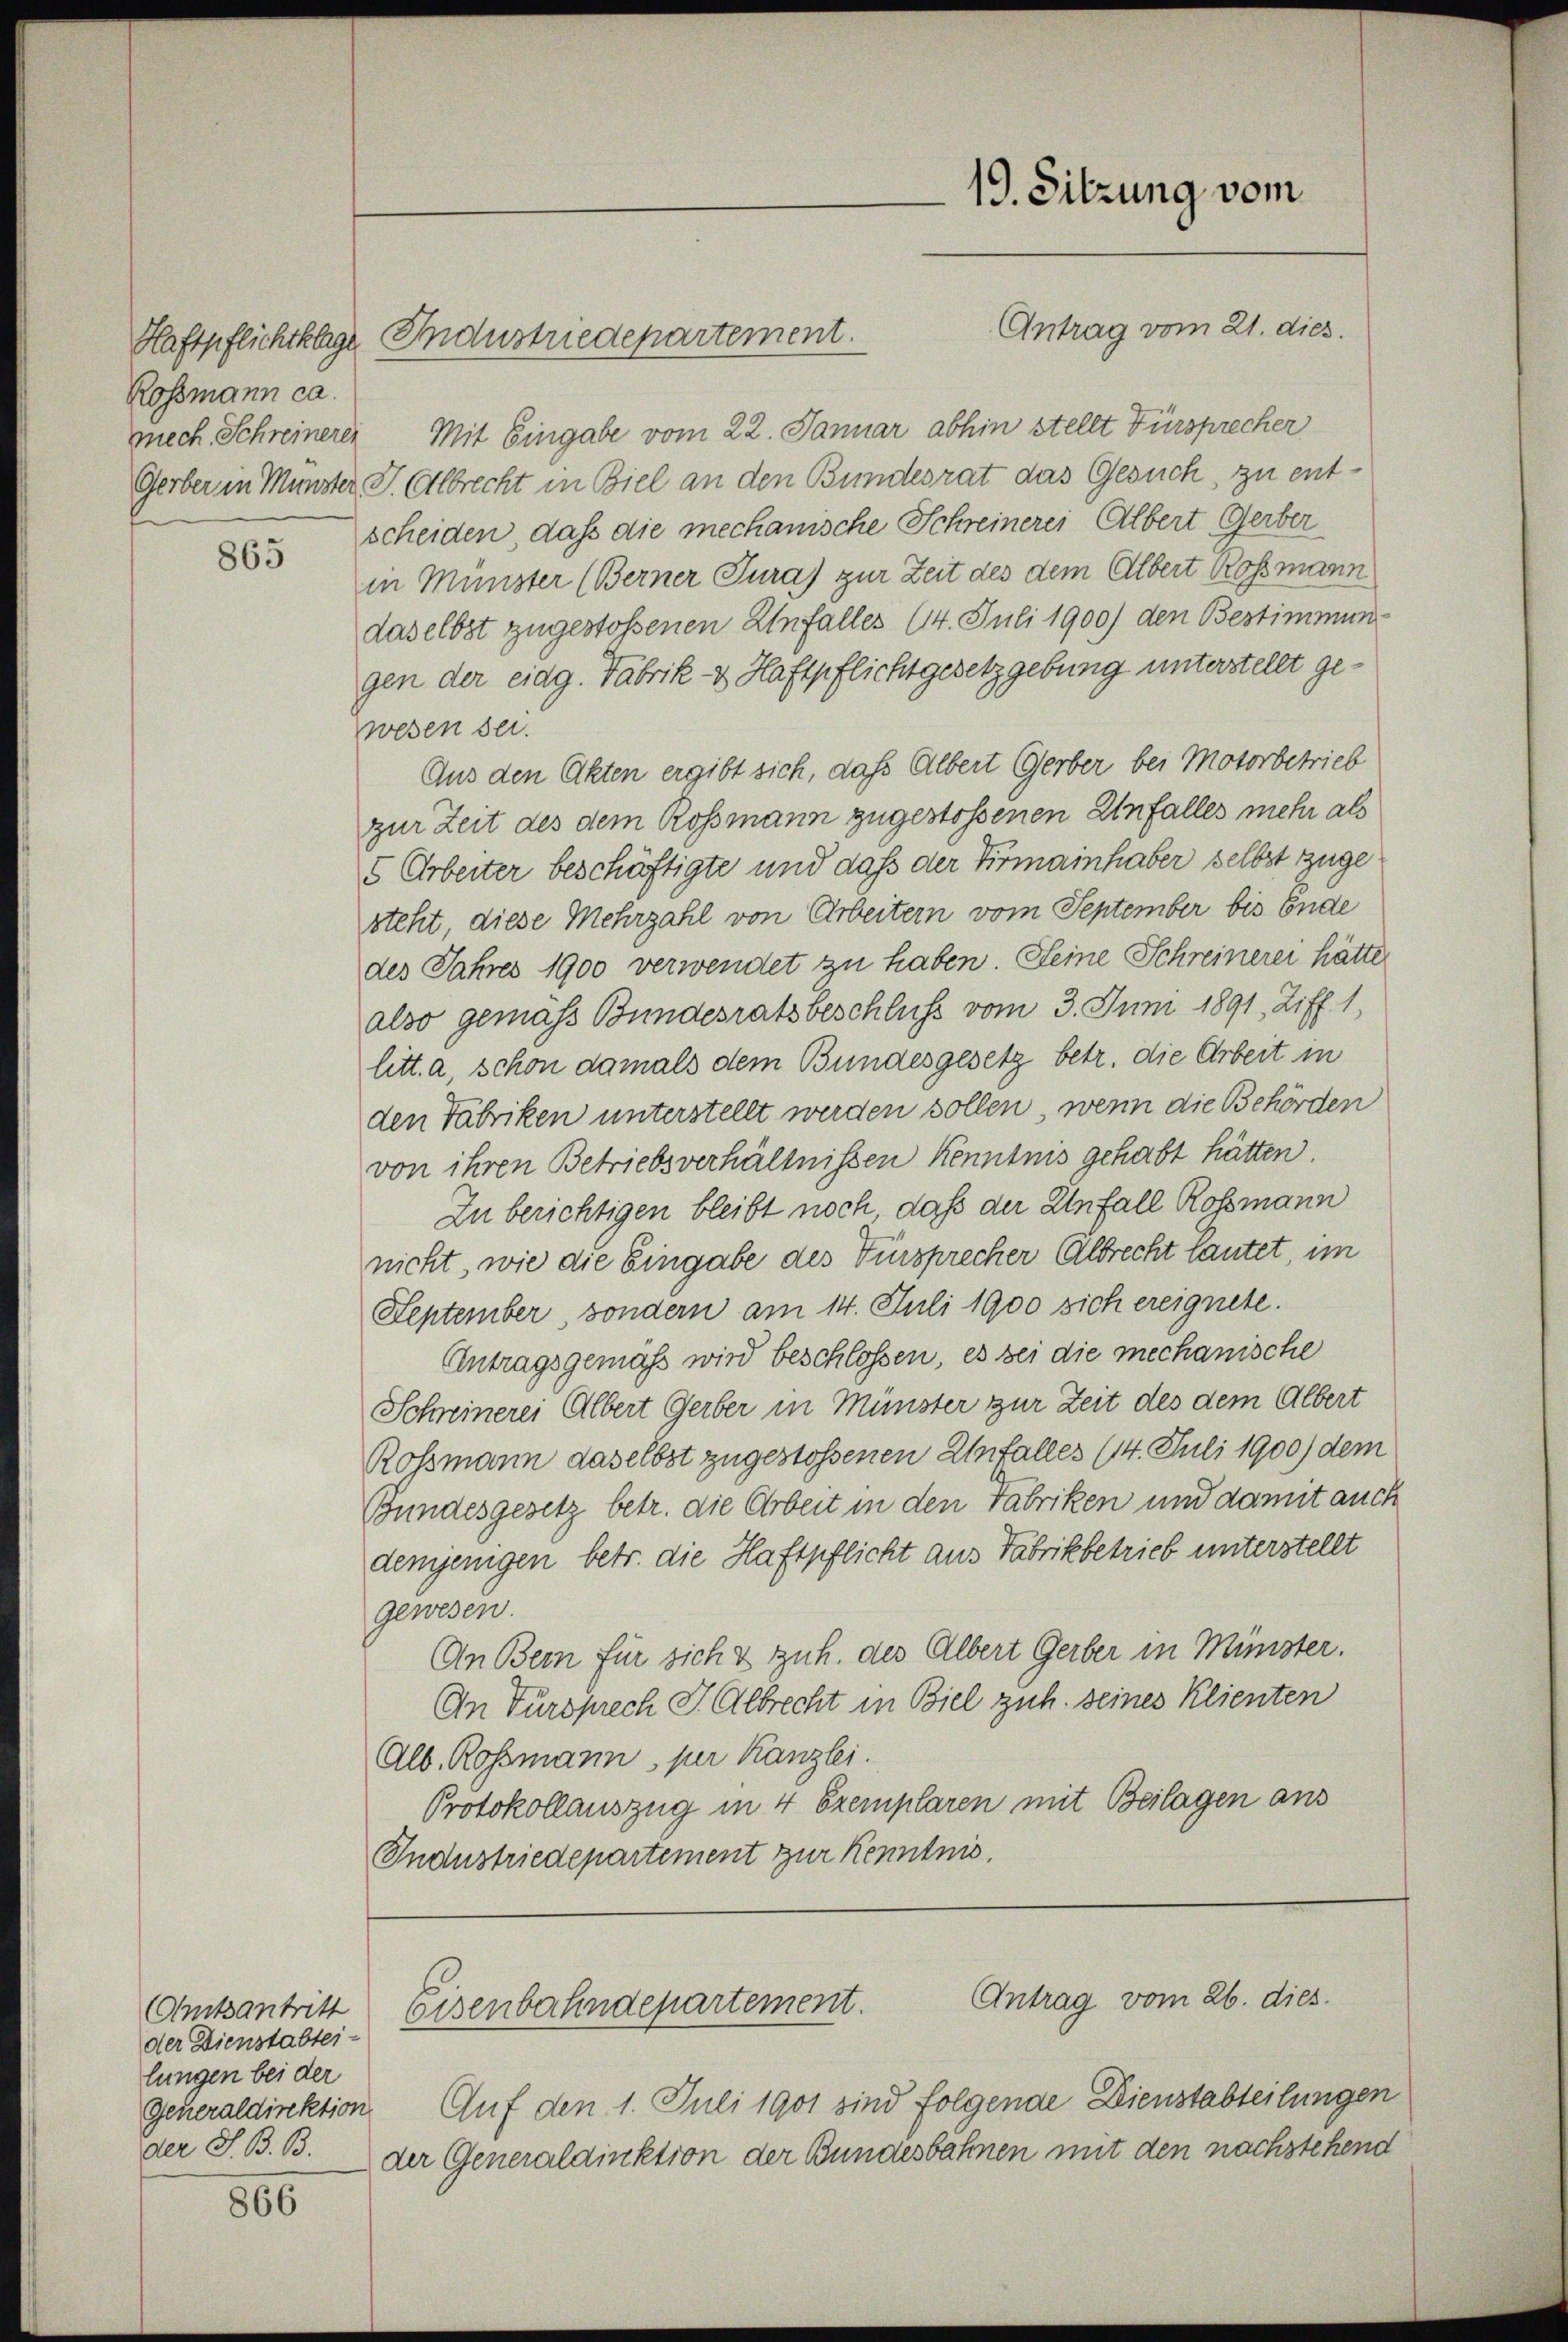
Rossmann ca.

865

mech. Schreinerer Mit Eingabe vom 22. Januar abhin stellt Fürsprecher
Gerber in Münster J. Albrecht in Biel an den Bundesrat das Gesuch, zu entscheiden, daß die mechanische Schreinerei Albert Gerber
in Münster (Berner Jura) zur Zeit des dem Albert Rossmann
daselbst zugestossenen Unfalles (4. Juli 1900) den Bestimmung
gen der eidg. Fabrik- & Haftpflichtgesetzgebung unterstellt gewesen sei.
Aus den Akten ergibt sich, daß Albert Gerber bei Motorbetrieb
zur Zeit des dem Rossmann zugestossenen Unfalles mehr als
5 Arbeiter beschäftigte und daß der Firmainhaber selbst zuge
steht, diese Mehrzahl von Arbeitern vom September bis Ende
des Jahres 1900 verwendet zu haben. Seine Schreinerei hätte
also gemäss Bundesratsbeschluss vom 3. Juni 1891, Ziff. 1,
litt. a, schon damals dem Bundesgesetz betr. die Arbeit in
den Fabriken unterstellt werden sollen, wenn die Behörden
von ihren Betriebsverhältnissen kenntnis gehabt hätten.
Zu berichtigen bleibt noch, daß der Unfall Rossmann
nicht, wie die Eingabe des Fürsprecher Albrecht lautet, im
September, sondern am 14. Juli 1900 sich ereignete.
Antragsgemäß wird beschlossen, es bei die mechanische
Schreinerei Albert Gerber in Münster zur Zeit des dem Albert
Rossmann daselbst zugestossenen Unfalles (14. Juli 1900) dem
Bundesgesetz betr. die Arbeit in den Fabriken und damit auch
demjenigen betr. die Haftpflicht aus Fabrikbetrieb unterstellt
gewesen.
An Bern für sich & zuh. des Albert Gerber in Münster.
An Türsprech J. Albrecht in Biel zuh. seines Klienten
Alb. Rossmann, per Kanzlei.
Protokollauszug in 4 Exemplaren mit Beilagen aus
Industriedepartement zur Kenntnis.

der Dienstabtei-
lungen bei der
der S. B. B.

866

Haftpflichtklage Industriedepartement.

(Amtsantritt, Eisenbahndepartement.

Generaldirektion Auf den 1. Juli 1901 sind folgende Dienstabteilungen
der Generaldinktion der Bundesbahnen mit den nachstehend

19. Sitzung vom
Antrag vom 21. dies.

Antrag vom 26. dies.